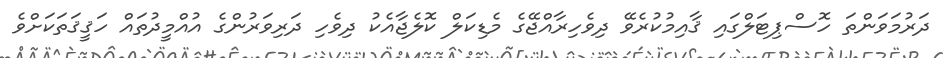
ދަރުމަވަންތަ ހޮސްޕިޓަލްގައި ޤާއިމުކުރެވޭ ދިވެހިރާއްޖޭގެ މެޑިކަލް ކޮލެޖާއެކު ދިވެހި ދަރިވަރުންގެ އުއްމީދުތައް ހަޤީޤަތަކަށްވެ